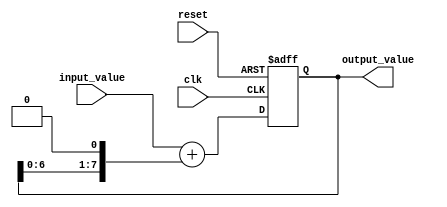
module IIR_filter_accumulator (
  input wire clk,
  input wire reset,
  input wire [7:0] input_value,
  output wire [7:0] output_value
);

reg [7:0] accumulator;

always @(posedge clk or posedge reset) begin
  if (reset) begin
    accumulator <= 8'b0;
  end else begin
    accumulator <= input_value + (accumulator << 1);
  end
end

assign output_value = accumulator;

endmodule